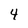
Character: 4